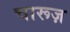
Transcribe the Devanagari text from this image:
चारूज़